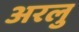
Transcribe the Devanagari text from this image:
अरलु